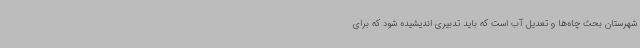
شهرستان بحث چاه‌ها و تعدیل آب است که باید تدبیری اندیشیده شود که برای